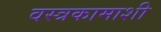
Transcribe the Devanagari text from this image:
वस्त्रकामाशी